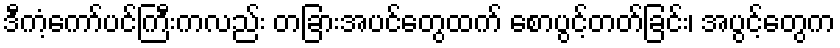
ဒီကံ့ကော်ပင်ကြီးကလည်း တခြားအပင်တွေထက် စောပွင့်တတ်ခြင်း၊ အပွင့်တွေက